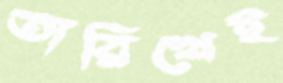
তারিখেই